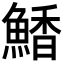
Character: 𮬀